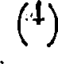
()